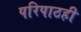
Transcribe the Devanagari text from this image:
परिपाठही